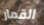
القمار